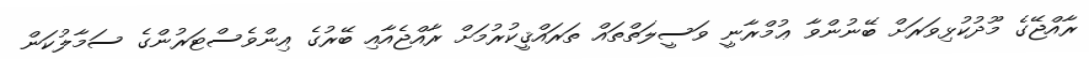
ރާއްޖޭގެ މޫދުކުޅިވަރަށް ބޭނުންވާ ޢުމްރާނީ ވަސީލަތްތައް ތަރައްޤީކުރުމަށް ރާއްޖެއާއި ބޭރުގެ އިންވެސްޓަރުންގެ ސަމާލުކަން